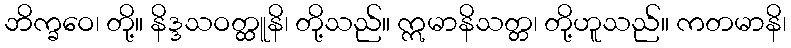
ဘိက္ခဝေ၊ တို့။ နိဒ္ဒသဝတ္ထူနိ၊ တို့သည်။ ဣမာနိသတ္တ၊ တို့ဟူသည်။ ကတမာနိ၊